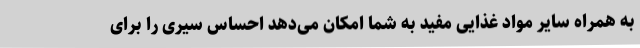
به همراه سایر مواد غذایی مفید به شما امکان می‌دهد احساس سیری را برای